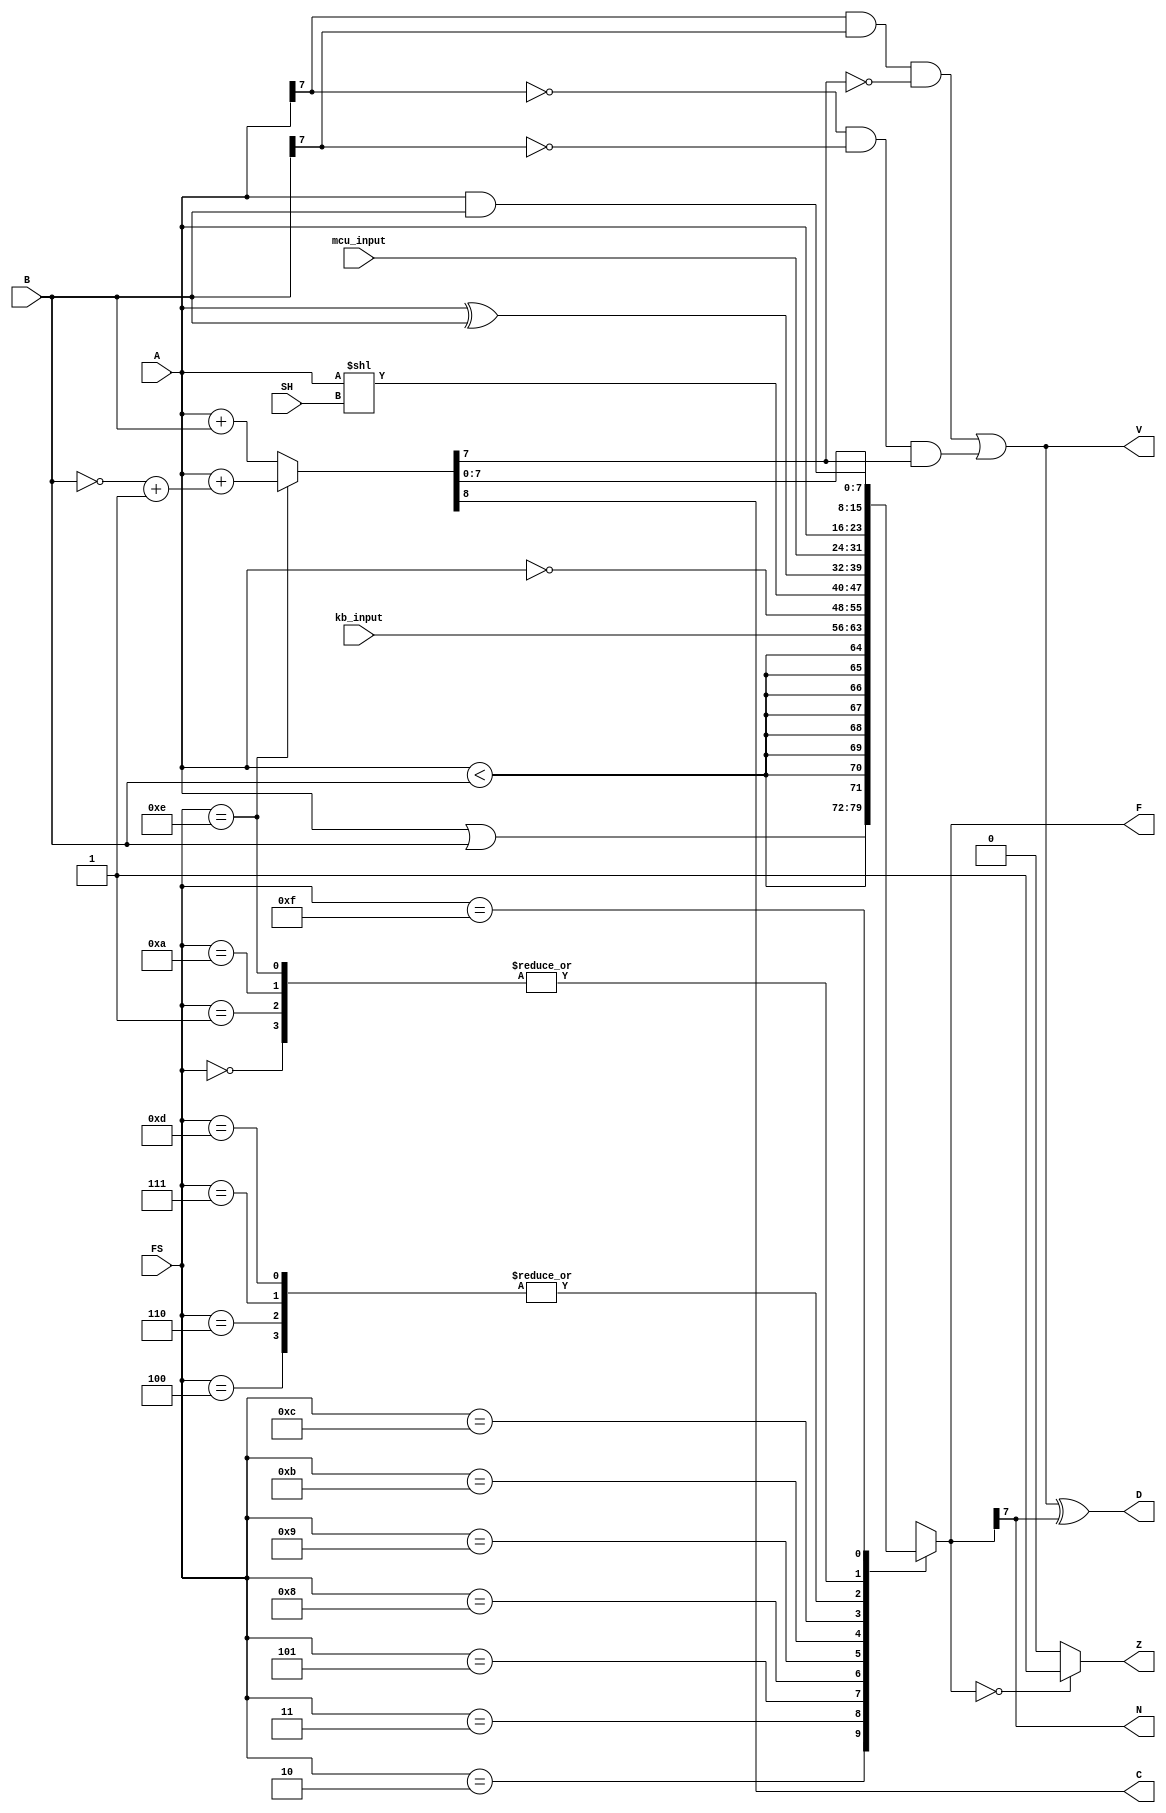
//////////////////////////////////////////////////////////////////////////////////
 
// Module Name: 	ALU
//	Project Name:	Project 1 - Part 2 
//
//////////////////////////////////////////////////////////////////////////////////
module ALU(
				FS, 
				SH, 
				A, 
				B, 
				mcu_input,
				kb_input,
				F, 
				N, 
				Z, 
				C, 
				V, 
				D
			);
			
			parameter BUS_WIDTH = 8;
			parameter MSB = BUS_WIDTH - 1;
			
			input wire [MSB:0] A; 
			input wire [MSB:0] B; 
			input wire [MSB:0] mcu_input;
			input wire [MSB:0] kb_input;
			input wire [3:0] FS;
			input wire [2:0] SH;
			
			output reg [MSB: 0] F;
			output reg N; 
			output reg Z; 
			output reg C; 
			output reg V;
			output reg D;
			
			reg [MSB: 0] sum;
			reg [MSB: 0] sub;
			reg c_out;
			
			always @(*) begin
				{c_out, sum} <= A + B;
				
				if(FS == 4'b1110)
					{c_out, sum} <= A + ((~B) + 8'h01);
				
				//test for overflow
				V <= ((A[MSB] && B[MSB]) && (!sum[MSB])) || ((!A[MSB] && !B[MSB]) && (sum[MSB]));
				
				C <= c_out;
				
				case (FS)
					4'b0000: F <= sum;
					4'b0001: F <= sum;
					4'b0010: F <= A | B;
					4'b0011: F <= {BUS_WIDTH{A < B}};
					4'b0100: F <= A;
					4'b0101: F <= kb_input;
					4'b0110: F <= A; 
					4'b0111: F <= A;
					4'b1000: F <= ~A;
					4'b1001: F <= A << SH;
					4'b1010: F <= sum;
					4'b1011: F <= A ^ B;
					4'b1100: F <= mcu_input;
					4'b1101: F <= A;
					4'b1110: F <= sum;
					4'b1111: F <= A & B;
					default: F <= 8'hzz;
				endcase
				N <= F[MSB];
				
				D <= V ^ N;
				Z <= (F == 8'h00) ? 1'b1 : 1'b0;					
			end
endmodule